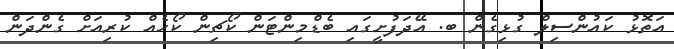
އަތޮޅު ކައުންސިލް ގުޅިގެން ބ. އޭދަފުށީގައި ބެޑްމިންޓަން ކޯޗިން ކޯހެއް ކުރިއަށް ގެންދަން